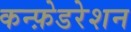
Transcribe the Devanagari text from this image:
कन्फ़ेडरेशन